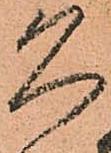
久